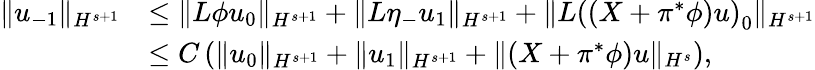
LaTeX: \begin{array}{rl}{\| u_{-1}\| _{H^{s+1}}}&{\leq\| L\phi u_{0}\| _{H^{s+1}}+\| L\eta_{-}u_{1}\| _{H^{s+1}}+\| L\left((X+\pi^{*}\phi)u\right)_{0}\| _{H^{s+1}}}\\ &{\leq C\left(\| u_{0}\| _{H^{s+1}}+\| u_{1}\| _{H^{s+1}}+\| (X+\pi^{*}\phi)u\| _{H^{s}}\right),}\end{array}